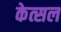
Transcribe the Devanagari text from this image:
केत्सल